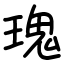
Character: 瑰